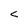
Character: C